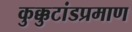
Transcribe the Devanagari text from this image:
कुक्कुटांडप्रमाण